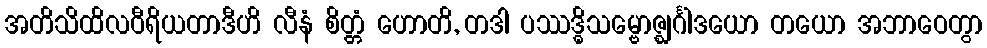
အတိသိထိလဝီရိယတာဒီဟိ လီနံ စိတ္တံ ဟောတိ, တဒါ ပဿဒ္ဓိသမ္ဗောဇ္ဈင်္ဂါဒယော တယော အဘာဝေတွာ